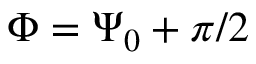
\Phi = \Psi _ { 0 } + \pi / 2